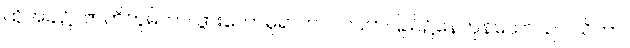
ထိုအခါ၌။ ဇာတိဘူမိကာ၊ ဖွားတော်မူရာကပိလဝတ်ပြည်၌နေကုန်သော။ ဥပါသိကာ၊